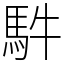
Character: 䭽